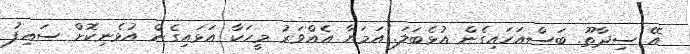
އޭ ސިދާތޫ. ބަސްއަހައިގެން އުޅެބަލަ. އަމަޔާ އެއްވަރު މީހަކާ އަޅަައިގެން އުޅެނިކޮށް ސައިފު